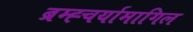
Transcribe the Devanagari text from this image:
ब्रम्ह्चर्यामागिल